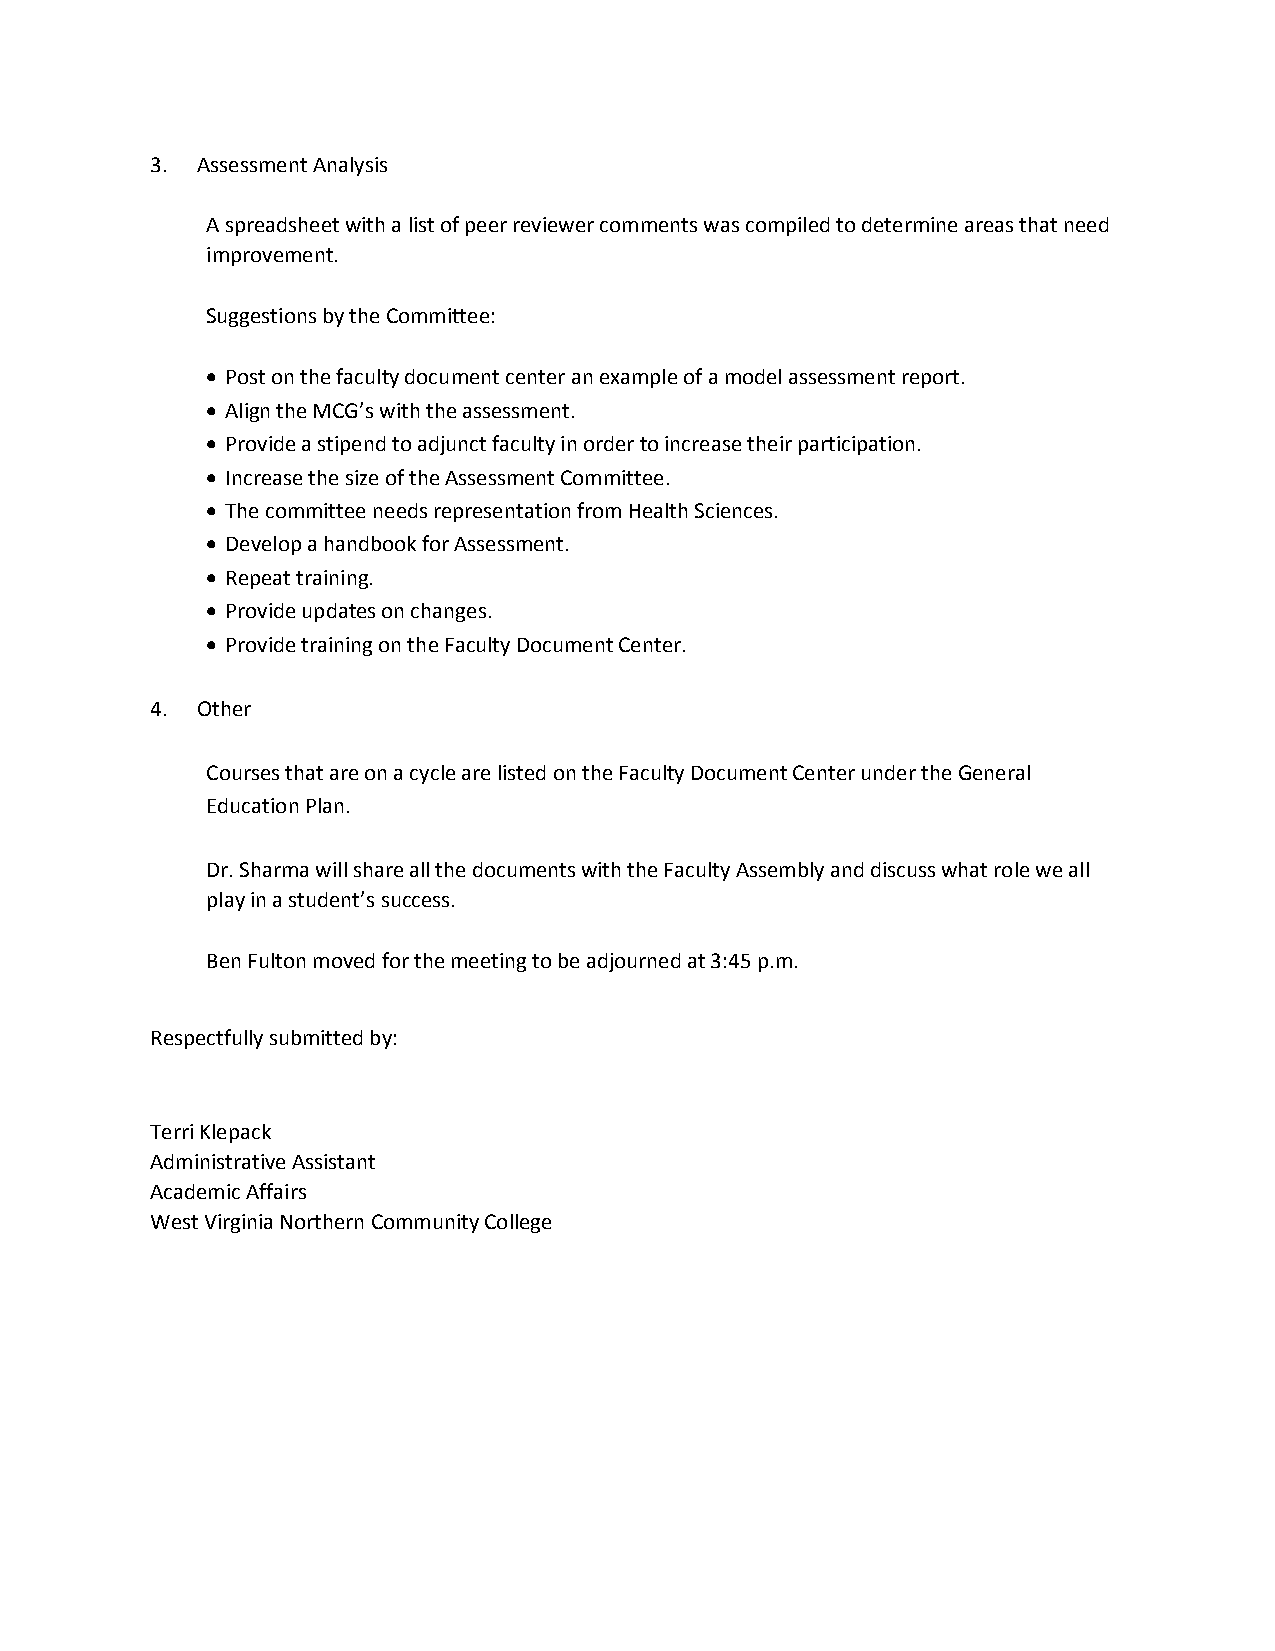
3. Assessment Analysis
 A spreadsheet with a list of peer reviewer comments was compiled to determine areas that need
 improvement.
 Suggestions by the Committee:
  Post on the faculty document center an example of a model assessment report.
  Align the MCG’s with the assessment.
  Provide a stipend to adjunct faculty in order to increase their participation.
  Increase the size of the Assessment Committee.
  The committee needs representation from Health Sciences.
  Develop a handbook for Assessment.
  Repeat training.
  Provide updates on changes.
  Provide training on the Faculty Document Center.
 4. Other
 Courses that are on a cycle are listed on the Faculty Document Center under the General
 Education Plan.
 Dr. Sharma will share all the documents with the Faculty Assembly and discuss what role we all
 play in a student’s success.
 Ben Fulton moved for the meeting to be adjourned at 3:45 p.m.
 Respectfully submitted by:
 Terri Klepack
 Administrative Assistant
 Academic Affairs
 West Virginia Northern Community College